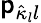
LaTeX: {\mathsf p}_{\hat{\kappa}_{l}l}